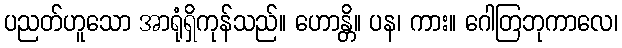
ပညတ်ဟူသော အာရုံရှိကုန်သည်။ ဟောန္တိ။ ပန၊ ကား။ ဂေါတြဘုကာလေ၊